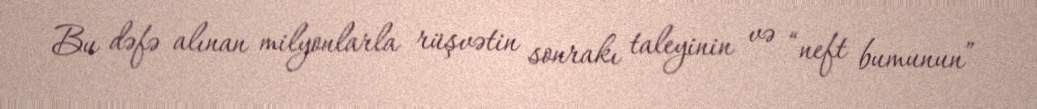
Bu dəfə alınan milyonlarla rüşvətin sonrakı taleyinin və “neft bumunun”